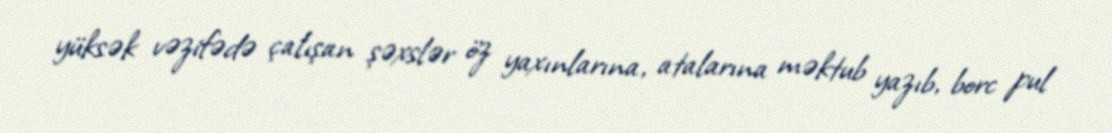
yüksək vəzifədə çalışan şəxslər öz yaxınlarına, atalarına məktub yazıb, borc pul